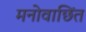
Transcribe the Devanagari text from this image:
मनोवाछिंत